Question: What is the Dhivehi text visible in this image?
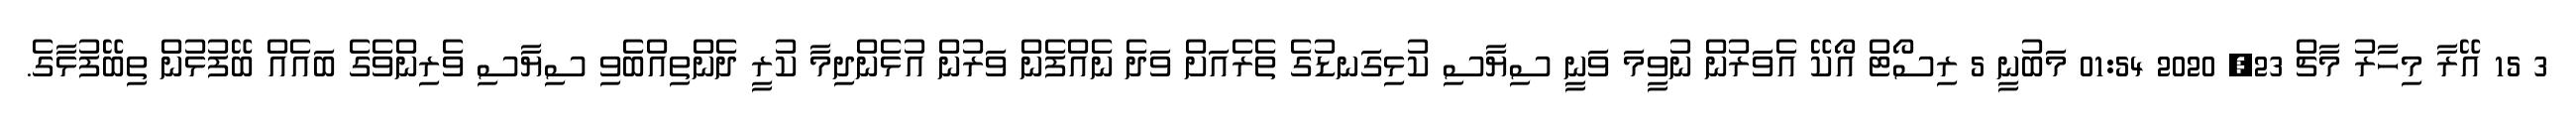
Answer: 3 15 އޭރާ މިހާރު މާޗް 23, 2020 01:54 މަބުނީ 5 ރިސޯޓް އޯކޭ އެވަރުން ނުވީމަ ވަނީ ސިޔާސި ކުޅިގަނޑުގެ ތެރެއަށް ވަދެ ނެއްފެން ވަރުން އުޅެންދިމާ ކުރީ ދެންތިއްބެވި ސިޔާސި ވެރިންވެގެ ބައެއް ބޭފުޅުން ތިބޭފުޅާގެ.